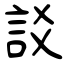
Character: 訤